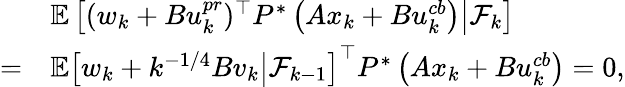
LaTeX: \begin{array}{rl}&{\mathbb{E}\left[(w_{k}+Bu_{k}^{pr})^{\top}P^{*}\left(Ax_{k}+Bu_{k}^{cb}\right)\big|\mathcal{F}_{k}\right]}\\ {=}&{\mathbb{E}\left[w_{k}+k^{-1/4}Bv_{k}\big|\mathcal{F}_{k-1}\right]^{\top}P^{*}\left(Ax_{k}+Bu_{k}^{cb}\right)=0,}\end{array}